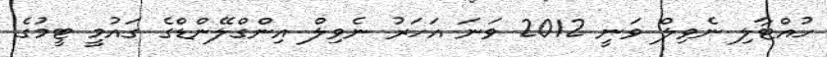
ހުއްޓާލި ނެވިލް ވަނީ 2012 ވަނަ އަހަރު ނެވިލް އިންގްލޭންޑްގެ ގައުމީ ޓީމުގެ